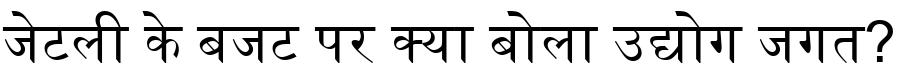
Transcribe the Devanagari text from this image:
जेटली के बजट पर क्या बोला उद्योग जगत?